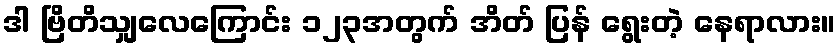
ဒါ ဗြိတိသျှလေကြောင်း ၁၂၃အတွက် အိတ် ပြန် ရွေးတဲ့ နေရာလား။